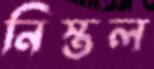
নিস্তল